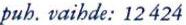
puh. vaihde:12424